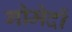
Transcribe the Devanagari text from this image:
गोमेदों